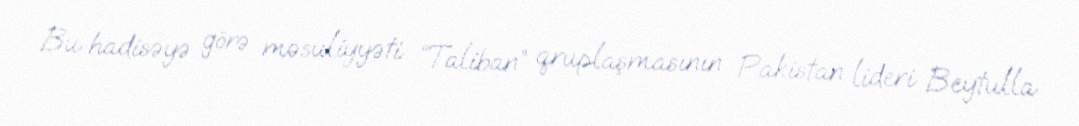
Bu hadisəyə görə məsuliyyəti “Taliban” qruplaşmasının Pakistan lideri Beytulla